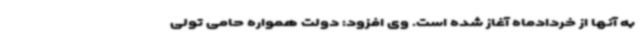
به آنها از خردادماه آغاز شده است. وی افزود: دولت همواره حامی تولی